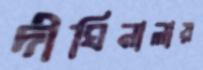
দীঘিনালায়